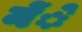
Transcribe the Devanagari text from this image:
मेंे